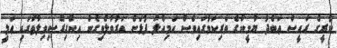
ކުރީގެ ރައީސް ޢަބްދު ޔާމީންގެ ވެރިކަމުގައިވެސް އަމިއްލަ ފުޅަށް އަރުވާލެވިގެން އިންގިރޭސިވިލާތުގައި ޢަލީ